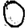
Digit: 0